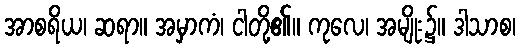
အာစရိယ၊ ဆရာ။ အမှာကံ၊ ငါတို့၏။ ကုလေ၊ အမျိုး၌။ ဒါသာစ၊